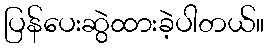
ပြန်ပေးဆွဲထားခဲ့ပါတယ်။